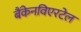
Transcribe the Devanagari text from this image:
बैंकेनविएरटेल